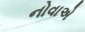
નોવાએ